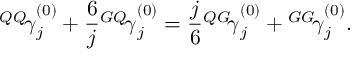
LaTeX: { ^ { Q Q } \! \gamma } _ { j } ^ { ( 0 ) } + \frac { 6 } { j } { ^ { G Q } \! \gamma } _ { j } ^ { ( 0 ) } = \frac { j } { 6 } { ^ { Q G } \! \gamma } _ { j } ^ { ( 0 ) } + { ^ { G G } \! \gamma } _ { j } ^ { ( 0 ) } .